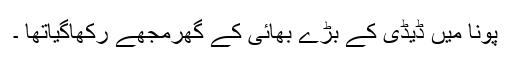
پونا میں ڈیڈی کے بڑے بھائی کے گھرمجھے رکھاگیاتھا ۔